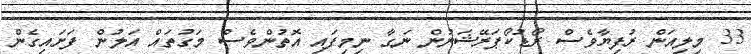
33 މިލިއަން ރުފިޔާވެސް ރޯޑުކޯޕަރޭޝަނުން ނަގާ ނިމިފައި އޮތުންވެސް މަގުތައް އަލުން ފަށައިގެން